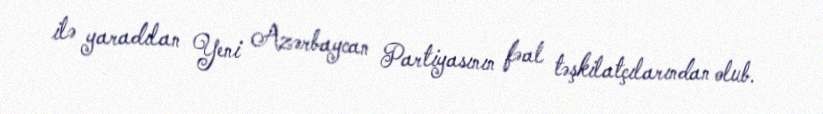
ilə yaradılan Yeni Azərbaycan Partiyasının fəal təşkilatçılarından olub.